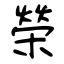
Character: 榮